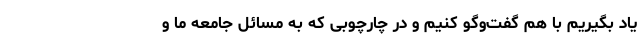
یاد بگیریم با هم گفت‌وگو کنیم و در چارچوبی که به مسائل جامعه ما و